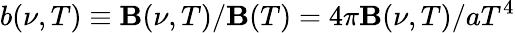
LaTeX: b(\nu,T)\equiv\mathbf{B}(\nu,T)/\mathbf{B}(T)=4\pi\mathbf{B}(\nu,T)/aT^{4}